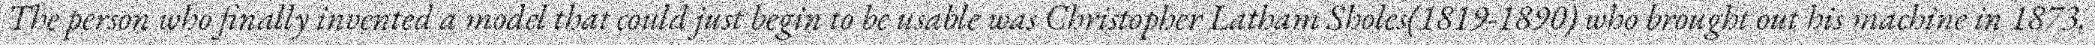
The person who finally invented a model that could just begin to be usable was Christopher Latham Sholes(1819-1890) who brought out his machine in 1873.